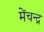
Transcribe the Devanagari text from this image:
मेंचन्द्र